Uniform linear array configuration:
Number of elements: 12
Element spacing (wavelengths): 1
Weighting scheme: cosine
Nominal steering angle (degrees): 60
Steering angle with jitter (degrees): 58.634
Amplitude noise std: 0.05
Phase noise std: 0.05

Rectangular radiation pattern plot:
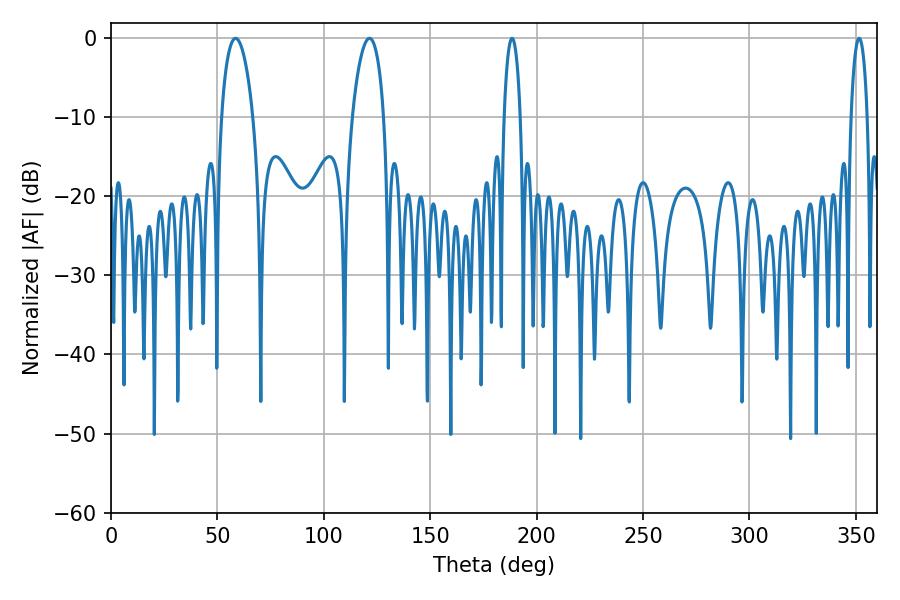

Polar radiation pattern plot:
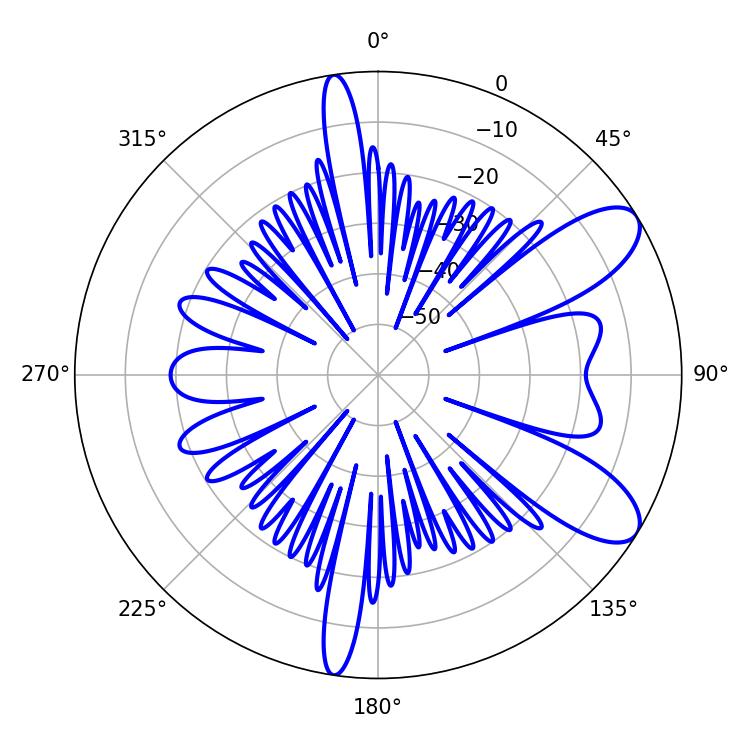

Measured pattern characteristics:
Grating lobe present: TRUE
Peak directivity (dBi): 9.078
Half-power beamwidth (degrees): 4.32
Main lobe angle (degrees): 188.46